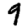
Digit: 9